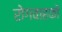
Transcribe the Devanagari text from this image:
रोगवाहकों